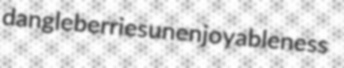
dangleberries unenjoyableness